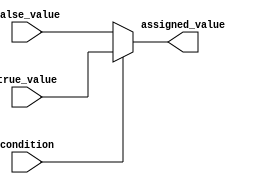
module conditional_assignment (
    input condition,
    input [3:0] true_value,
    input [3:0] false_value,
    output reg [3:0] assigned_value
);

    always @* begin
        if(condition) begin
            assigned_value = true_value;
        end else begin
            assigned_value = false_value;
        end
    end

endmodule